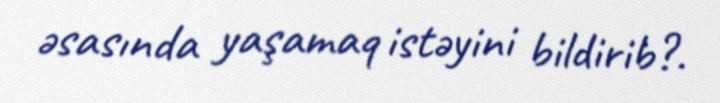
əsasında yaşamaq istəyini bildirib?.